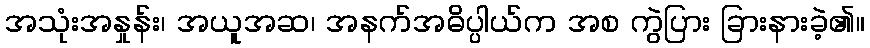
အသုံးအနှုန်း၊ အယူအဆ၊ အနက်အဓိပ္ပါယ်က အစ ကွဲပြား ခြားနားခဲ့၏။